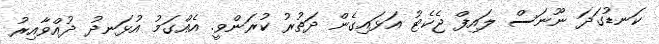
ކަނޑުގަދަ ނޫނަސް ލައިފް ޖެކެޓު އަޅައިގެން ދަތުރު ކުރަންވީ. އެއްގަމު އުޅަނދު ދުއްވާއިރު